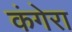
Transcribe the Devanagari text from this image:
कंगेरा